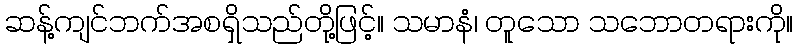
ဆန့်ကျင်ဘက်အစရှိသည်တို့ဖြင့်။ သမာနံ၊ တူသော သဘောတရားကို။